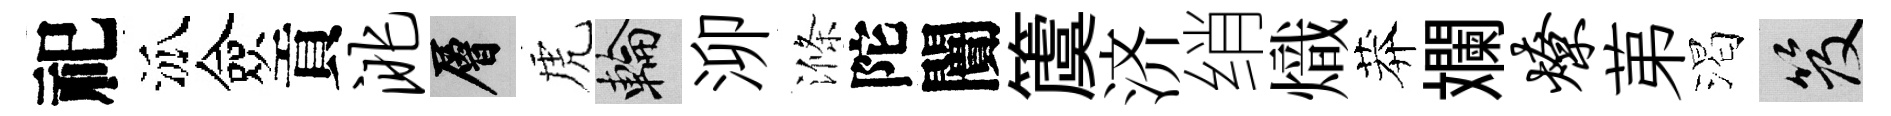
祀泒僉貢洮層虎輪泖滌陀闠𥵂济绡熾莽斕燎苐渴笈